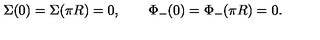
\Sigma ( 0 ) = \Sigma ( \pi R ) = 0 , \qquad \Phi _ { - } ( 0 ) = \Phi _ { - } ( \pi R ) = 0 .